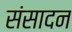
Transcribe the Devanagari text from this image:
संसादन